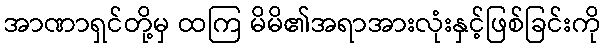
အာဏာရှင်တို့မှ ထကြ မိမိ၏အရာအားလုံးနှင့်ဖြစ်ခြင်းကို